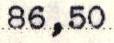
86,50